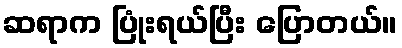
ဆရာက ပြုံးရယ်ပြီး ပြောတယ်။